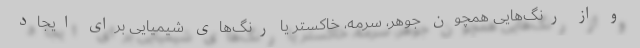
و از رنگ‌هایی همچون جوهر، سرمه، خاکستر یا رنگ‌های شیمیایی برای ایجاد